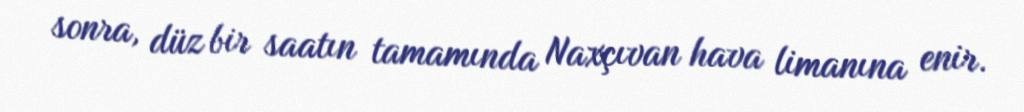
sonra, düz bir saatın tamamında Naxçıvan hava limanına enir.